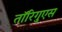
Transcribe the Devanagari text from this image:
तॉरिगुएस